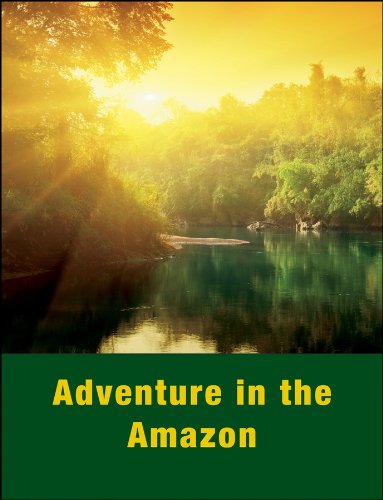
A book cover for Adventure in the Amazon; Lorraine L. Ukens; Travel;